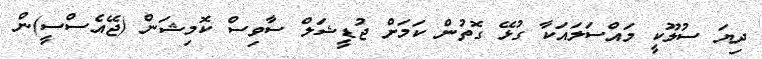
ދިޔަ ސުލޫކީ މައްސަލައަކާ ގުޅޭ ގޮތުން ކަމަށް ޖުޑީޝަލް ސާވިސް ކޮމިޝަން (ޖޭއެސްސީ)ން